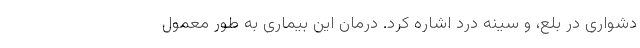
دشواری در بلع، و سینه درد اشاره کرد. درمان این بیماری به طور معمول